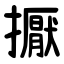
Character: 擫